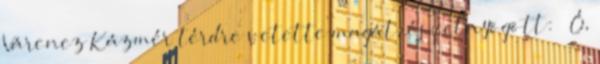
Várencz Kázmér térdre vetette magát, és felnyögött: – Ó,